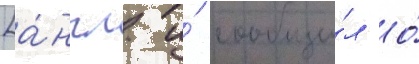
[а́нгл. и́ сообщи́л о́